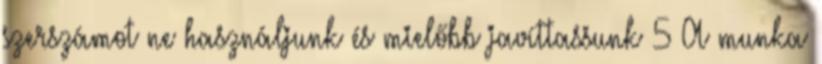
szerszámot ne használjunk és mielőbb javíttassunk 5 A munka